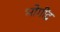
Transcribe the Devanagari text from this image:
भोगींद्र